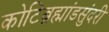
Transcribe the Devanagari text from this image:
कोटिब्रह्मांडसुंदरी